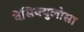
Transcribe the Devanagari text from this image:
वेसिक्युलोसा